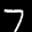
Label: 7